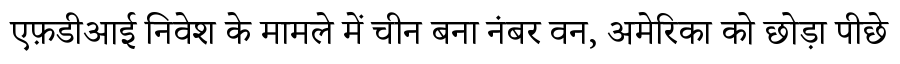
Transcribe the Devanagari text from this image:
एफ़डीआई निवेश के मामले में चीन बना नंबर वन, अमेरिका को छोड़ा पीछे